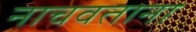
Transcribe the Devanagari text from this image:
नाचवताना